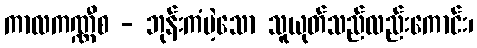
ကာလကဏ္ဏီစ - ဘုန်းကံမဲ့သော သူယုတ်သည်လည်းကောင်း၊